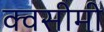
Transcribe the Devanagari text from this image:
क्वसीमी